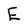
Character: E